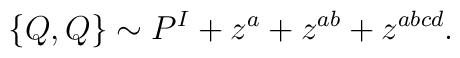
\{Q, Q\} \sim P^I + z^a + z^{ab} + z^{abcd}.